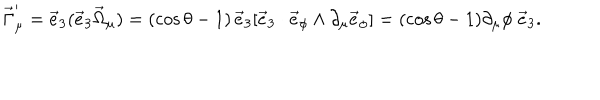
\vec { \Gamma } _ { \mu } ^ { \prime } = \vec { e } _ { 3 } ( \vec { e } _ { 3 } \vec { \Omega } _ { \mu } ) = ( \cos \theta - 1 ) \, \vec { e } _ { 3 } [ \vec { e } _ { 3 } \cdot \vec { e } _ { \phi } \wedge \partial _ { \mu } \vec { e } _ { \phi } ] = ( \cos \theta - 1 ) \partial _ { \mu } \phi \; \vec { e } _ { 3 } .